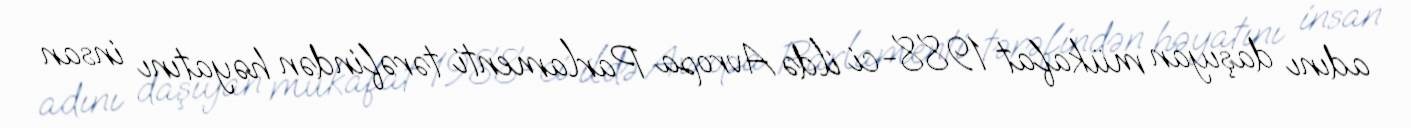
adını daşıyan mükafat 1988-ci ildə Avropa Parlamenti tərəfindən həyatını insan